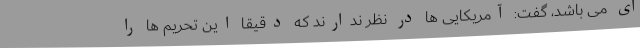
ای می باشد، گفت: آمریکایی ها در نظر ندارند که دقیقا این تحریم ها را